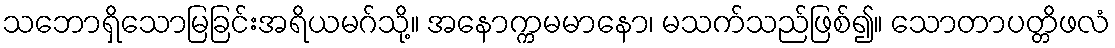
သဘောရှိသောမြခြင်းအရိယမဂ်သို့။ အနောက္ကမမာနော၊ မသက်သည်ဖြစ်၍။ သောတာပတ္တိဖလံ